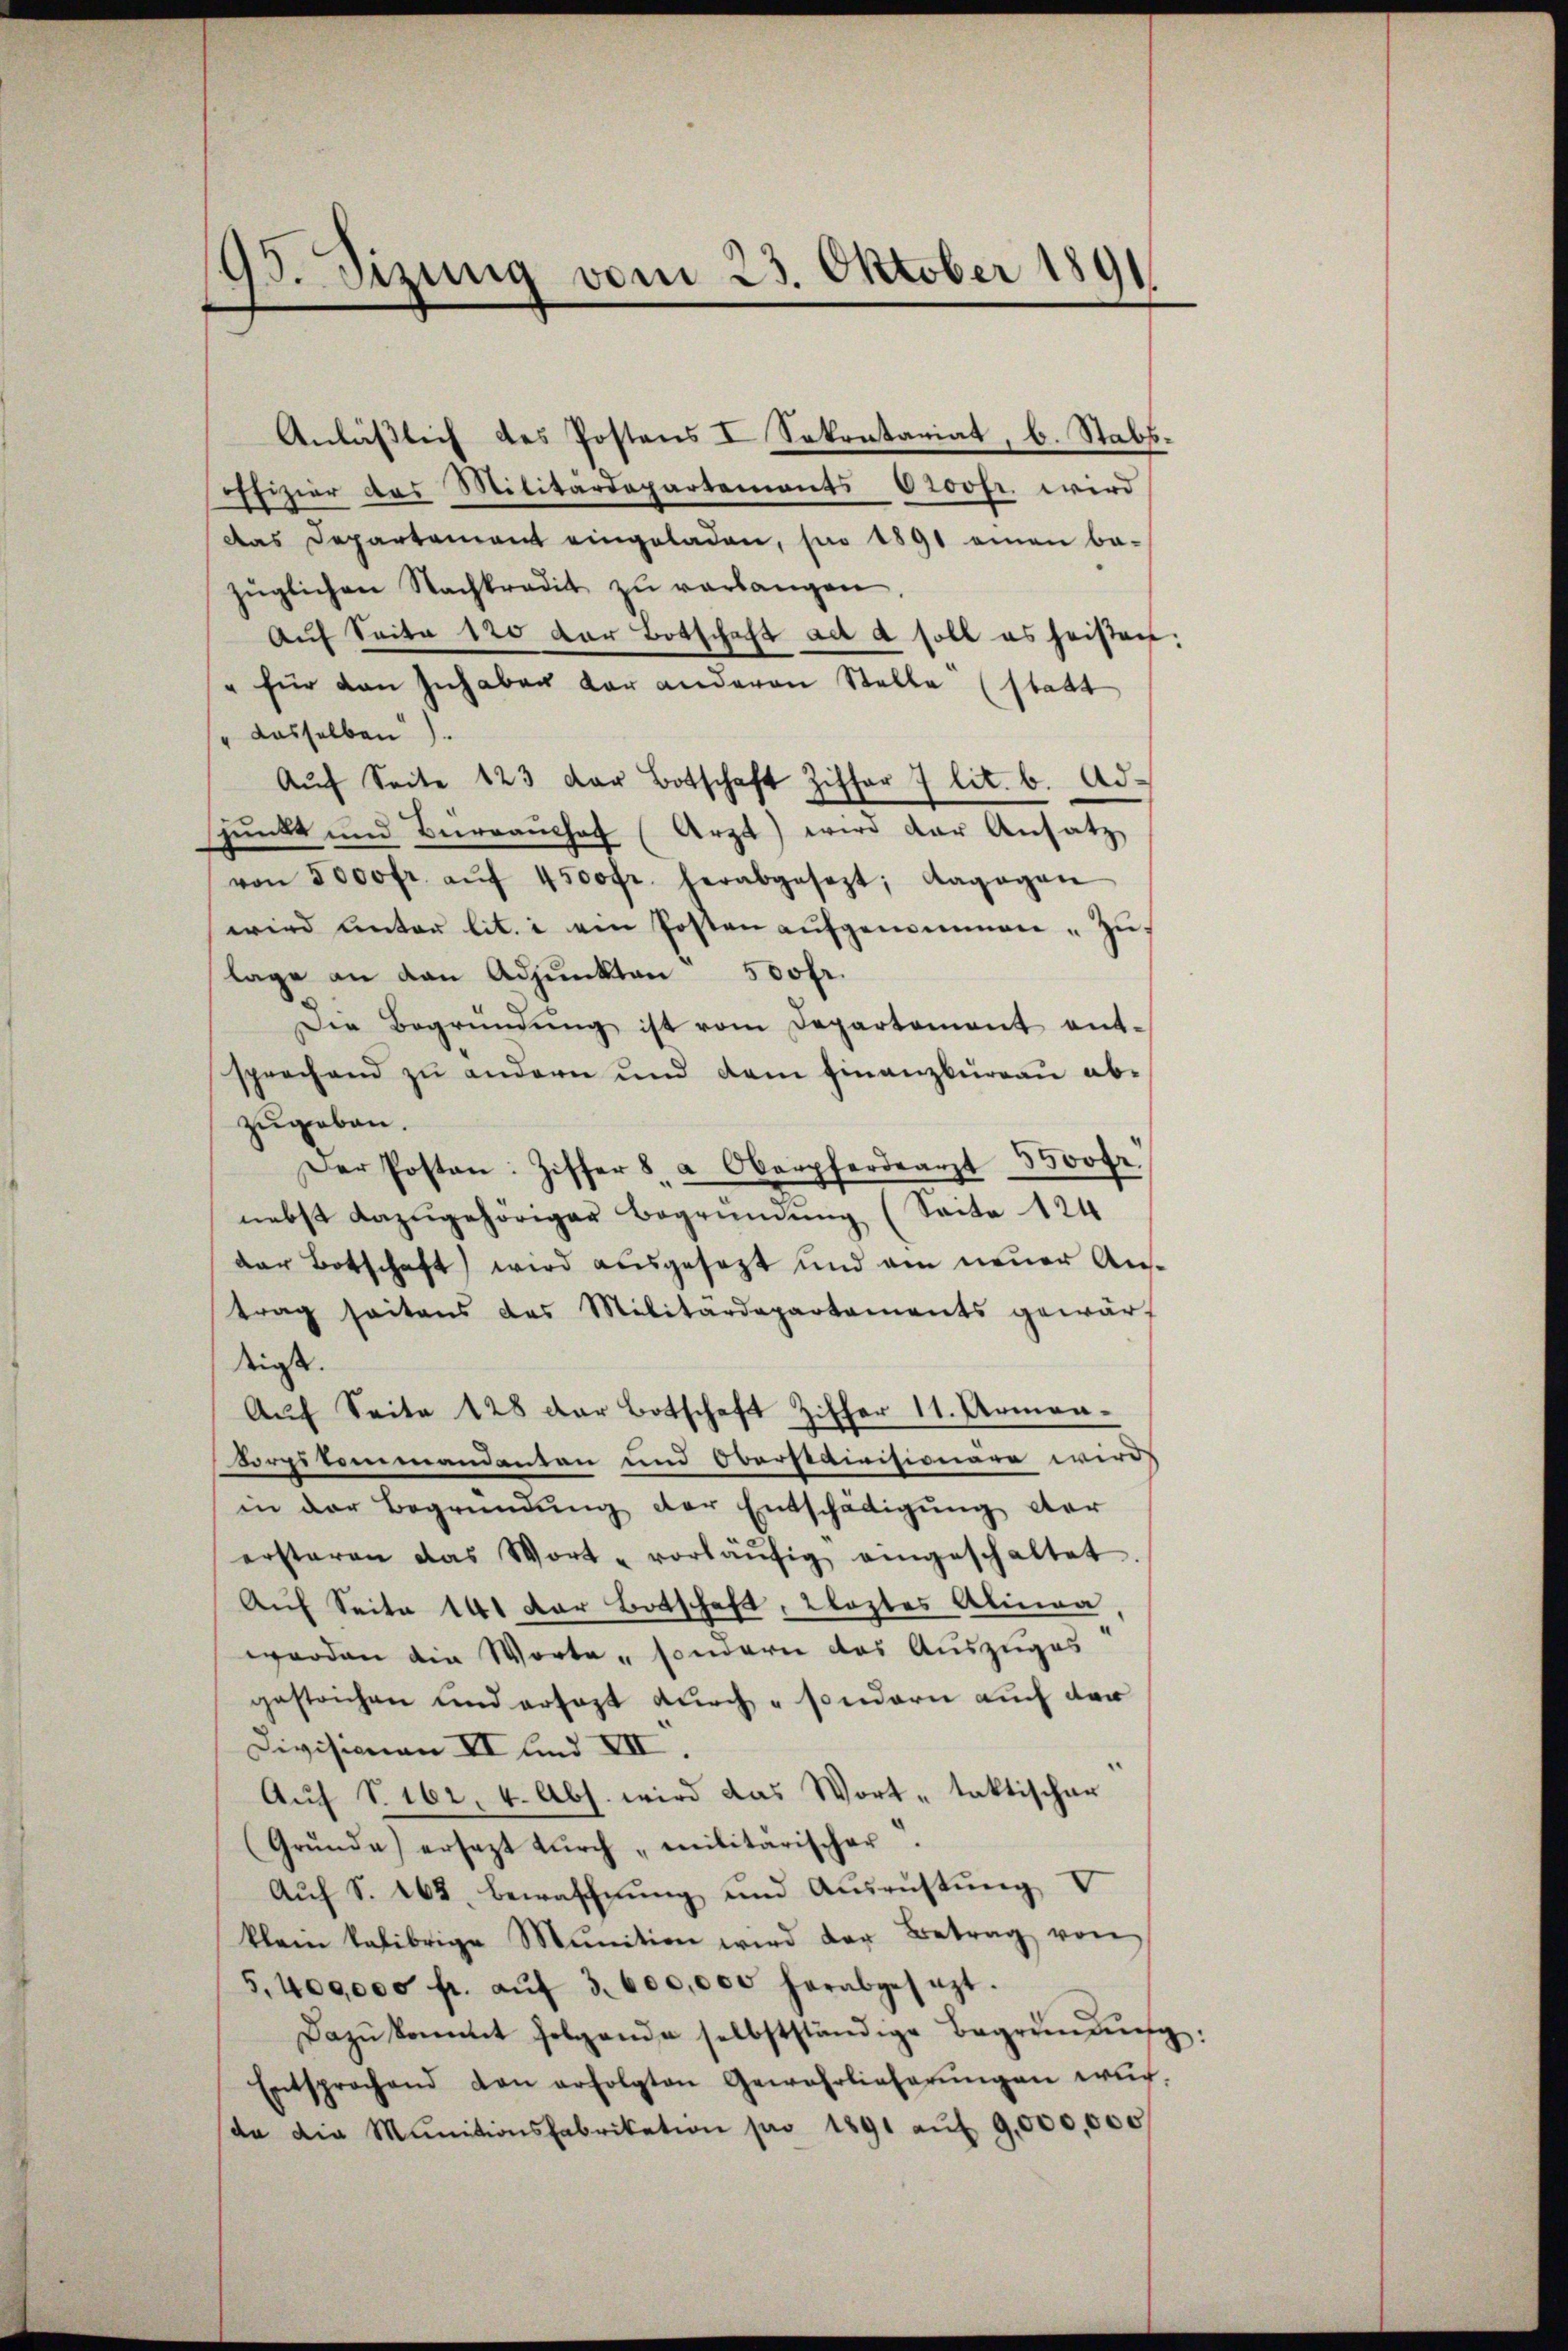
95. Sizung vom 23. Oktober 189

Anläßlich des Postens I Sekretariat, b. Stabsoffizier das Militärdepartements Provfr. wird
Das Departement eingeladen, so 1891 einen be-
züglichen Nachkradit zŭ verlangen.
Auf Seite 120 der Botschaft ad d soll es heißen:
" für den Inhaben der anderen Stelle (statt
" dasselben).
Aŭf Seite 123 der Botschaft Ziffer 7 lit. b. Adspunkt und Berranhof (Arzt) wird der Ansatz
von 5000 fr. aŭf 4500 fr. herabgesezt; dagegen
wird unter lit. i ein Posten aufgenommen „Zulage an dan Adpŭnkten 500fr.
Die Begründŭng ist vom Departement entsprechend zu andern und dem Finanzbüreau ab-
zugeben.
Der Posten: Ziffer 8. a Oberpferdearzt 5500fr.
nebst dazugehöriger Begründung (Seite 124
dar Botschaft wird ausgesezt und am neuer Austrag seitens das Militärdepartements gewärt
digste.
Auf Seite 128 der Botschaft Ziffer 11. Armen-
Korsitenmandenten und Oberstaivisionäre wird,
in der Begründung der Entschädigung der
erstaren das Wort - vorläŭfig eingeschaltet
Auf Seite 141 der Botschaft, Klostes Alinea
worden die Worte - sondern das Auszuges
gestrichen und ersagt durch - sondern auch der
Divisionen II und VII.
Aŭf § 162. 4. Abs. wird das Wort „taktischer
(Grŭnda) ersezt dŭrch „militarischer.
Auf S. 262, bewaffnung und Ausrüstung d
klain kalibrige Munition wird der Betrag von
5,400000 fr. aŭf 3. 600,000 herabgesezt.
Dazŭkommt folgende selbstständige Begründŭng:
Entsprochend von erfolgten Gewehrlicherŭngen wür-
da die Munitionsfabrikation pro 1891 aŭf 9,000,000